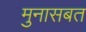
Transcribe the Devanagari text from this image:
मुनासबत